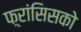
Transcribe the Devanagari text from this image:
फ़्रांसिसको